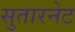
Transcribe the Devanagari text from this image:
सुतारनेट